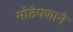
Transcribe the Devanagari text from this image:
मोठेपणाने